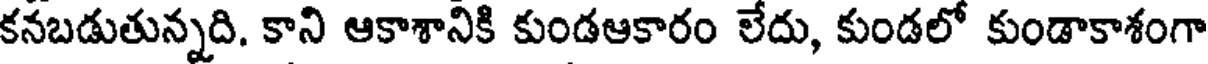
కనబడుతున్నది. కాని ఆకాశానికి కుండఆకారం లేదు, కుండలో కుండాకాశంగా